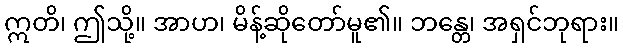
ဣတိ၊ ဤသို့။ အာဟ၊ မိန့်ဆိုတော်မူ၏။ ဘန္တေ၊ အရှင်ဘုရား။